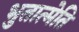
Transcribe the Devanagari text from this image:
भुतात्मेति